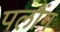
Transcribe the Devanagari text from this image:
पलौंग